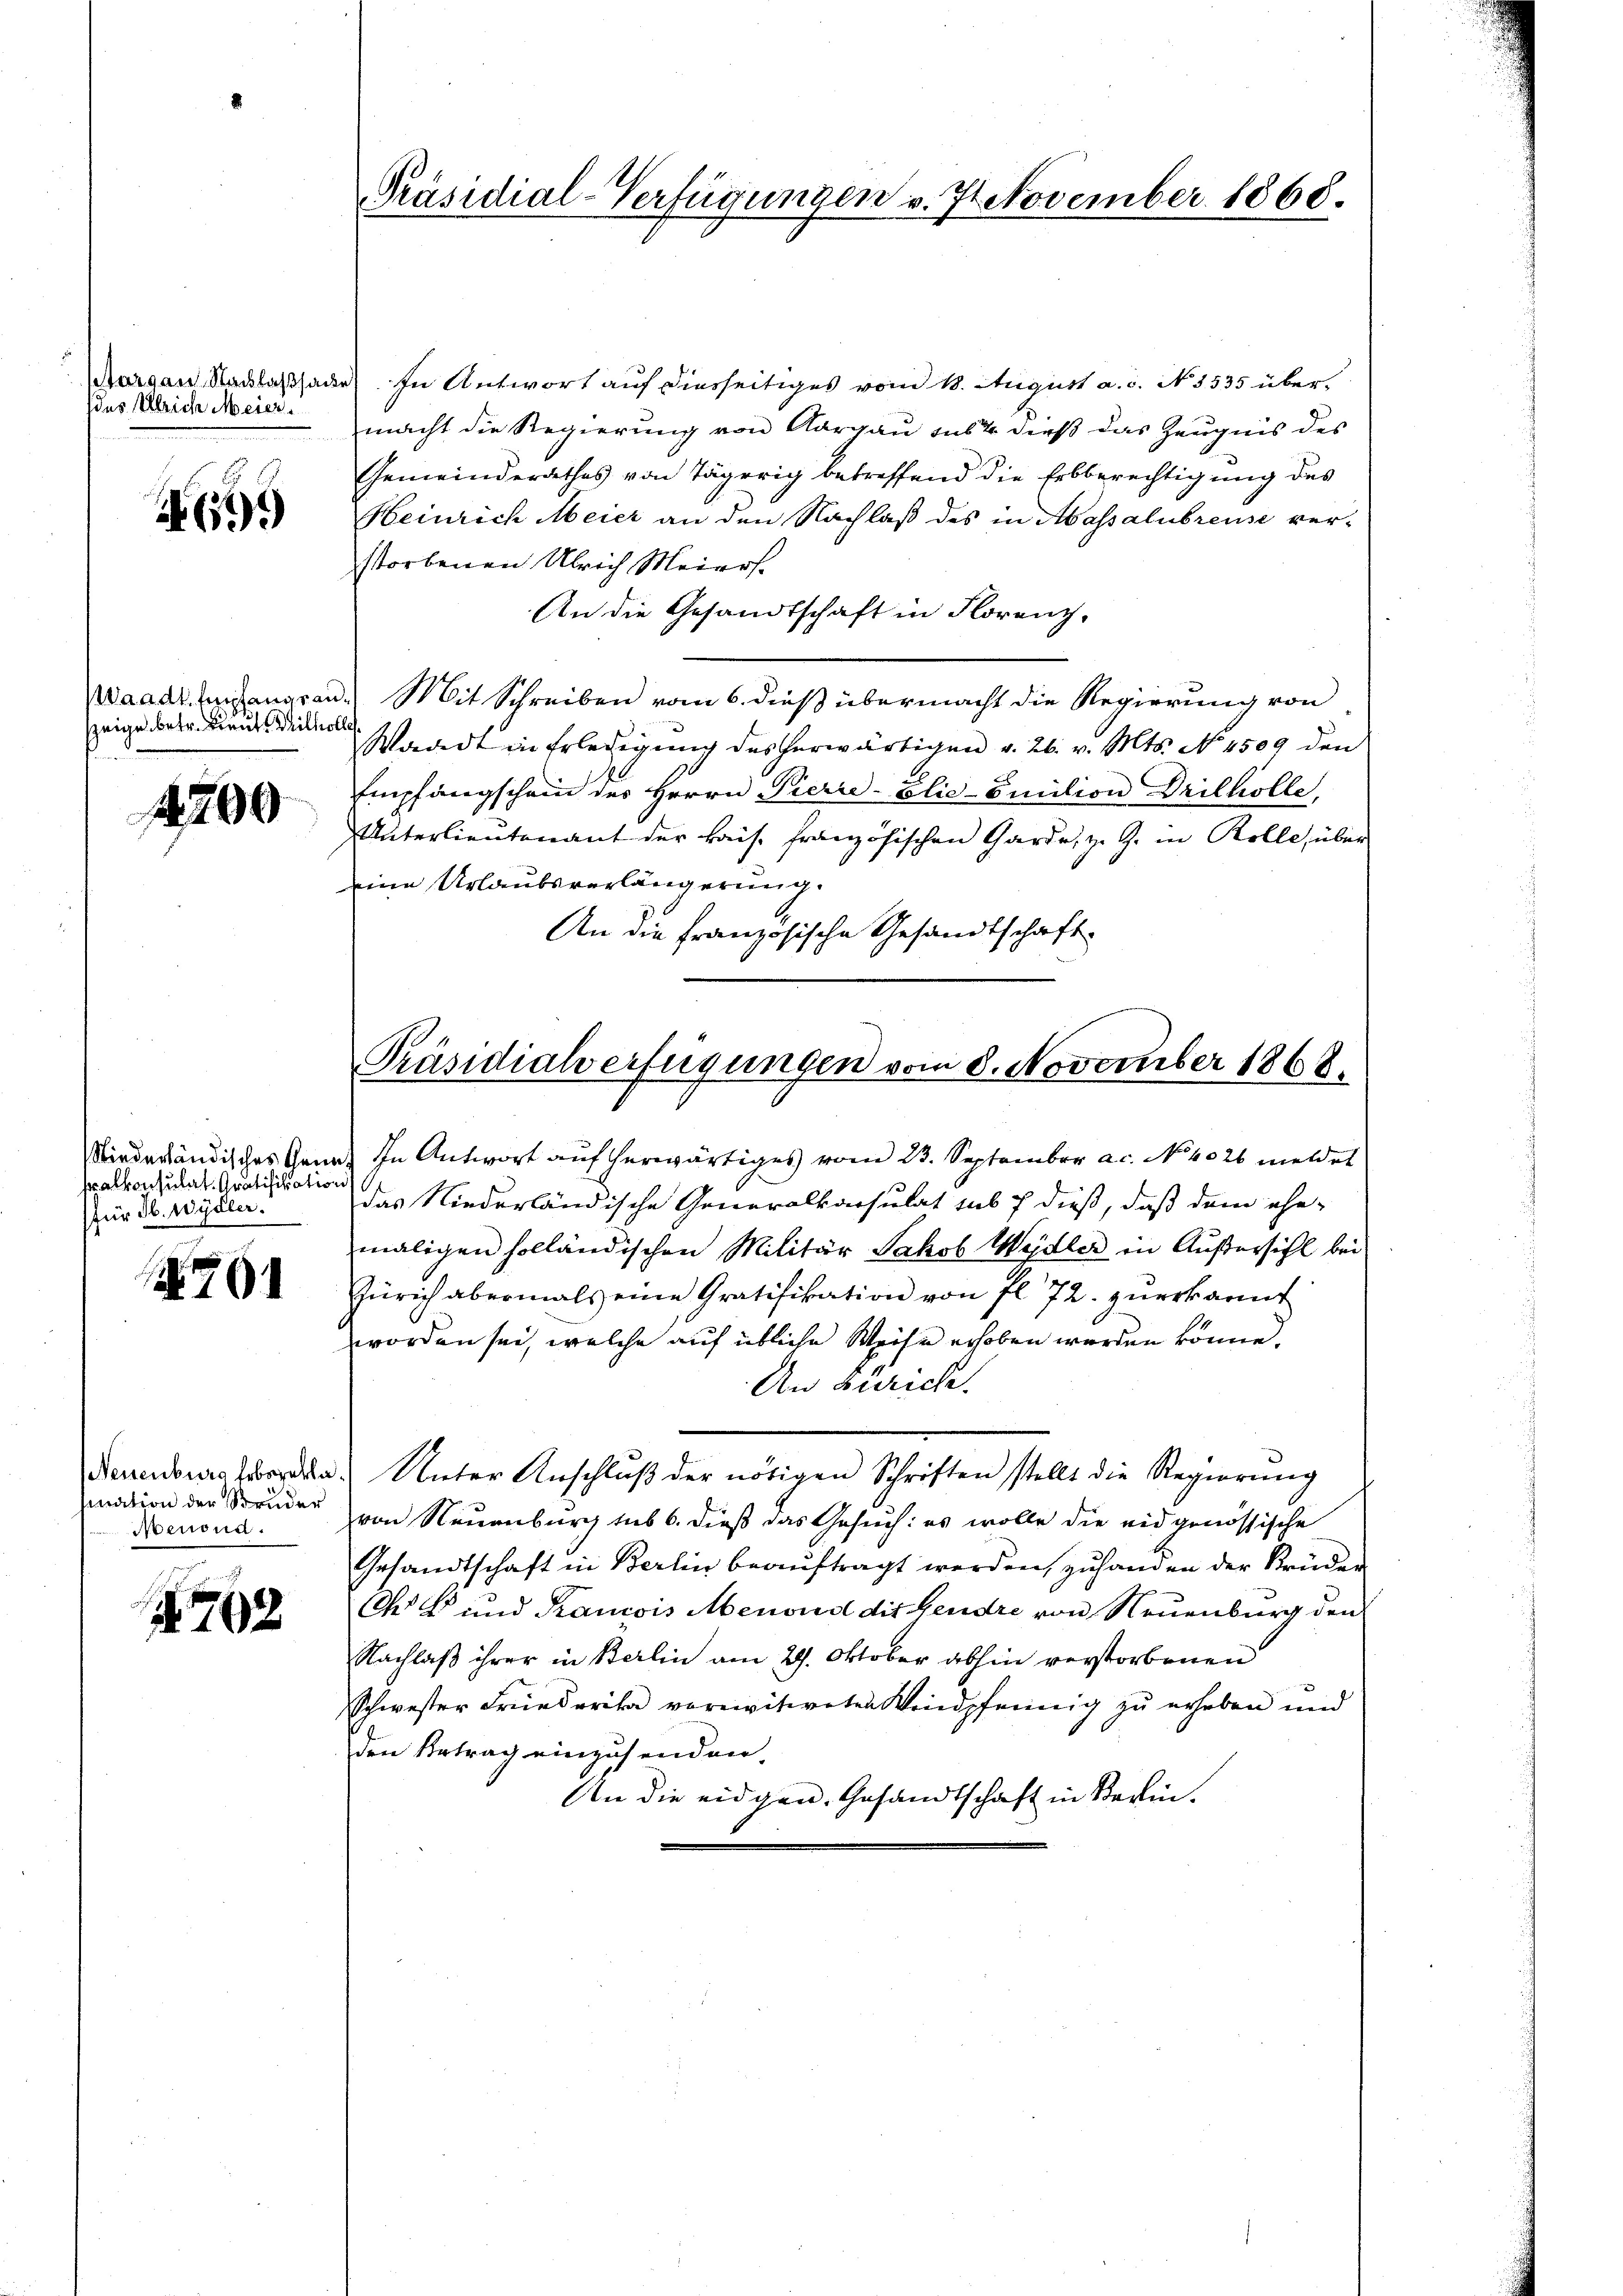
Margau Nachlaßsach
des Ulriche Meier.

61

Waadt Anfange au
zeige betr. Lieut. Willers

4200

Stiederländisches Gem
ralkonsulat Gratifikation
(für Jb. Wydler.

261

NNeuenburg leberetha
mnation der Struder
Menoud.

4762

Präsidial-Verfügungen v. November 1868.

In Antwort auf diesseitiges vom 18. August a. c. N. 3535 übermacht die Regierung von Aargau sus 4 dieß das Zeugnis des
Gemeinderathes von Tägerig betreffend die Erbberechtigung des
Heinrich Meier an den Nachlaß des in Massalubreuse verstorbenen Ulrich Meiers.
An die Gesandtschaft in Florenz,
. Mit Schreiben vom 6. dieß übermacht die Regierung von
Ele
Wadedt in Erledigŭng des herwärtigen v. 26. v. Mts. No. 4509 den
Empfangschein des Herrn Pierre-Elic-Emilien Drilhiolle,
Unterlieutenant der kais. französischen Garde, z. Z. in Rolle, über
eine Urlaubsverlängerung.
An die Französische Gesandtschaft

Präsidiah erfügungen vom 8. November 1868.

a. In Antwort auf herwärtiges vom 23. September a.c. No 4026 meldet
das Niederländische Generalkonsulat sub 7 dieß, daß dem ehe-
maligen holländischen Militär Jakob Wydler in Außersicht bei
Zürich abermals eine Gratifikation von fl. 72. zuerkannt
worden sei, welche auf übliche Weise erhoben worden könne.
An Zürich.
. Unter Anschlŭβ der nötigen Schriften stellt die Regierung
von Neuenburg sub 6. dieß das Gesuch: es wolle die eidgenössische
Gesandtschaft in Berlin beauftragt werden, zuhanden der Brüder
 b und Pancois Menoud die Gendre von Neuenburg den
Nachlaß ihrer in Berlin am 29. Oktober abhin verstorbenen
Schwester Friederika voreivitireten Kindpfennig zu erheben und
den Betrag einzusenden
An die eidgen. Gesandtschaft in Berlin.